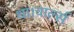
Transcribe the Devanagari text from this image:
था।चार्ल्स